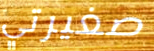
صغيرتي